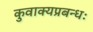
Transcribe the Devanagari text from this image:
कुवाक्यप्रबन्धः